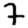
Digit: 7